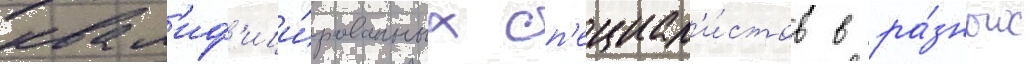
квал'иф'ици́рованных сп'ециал'и́стов в ра́зных